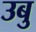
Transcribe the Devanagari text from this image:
उबु